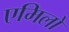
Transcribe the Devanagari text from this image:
एमिलो